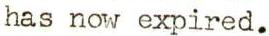
has now expired.